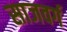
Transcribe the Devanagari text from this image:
साजवर्ग